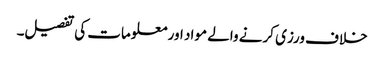
خلاف ورزی کرنے والے مواد اور معلومات کی تفصیل۔